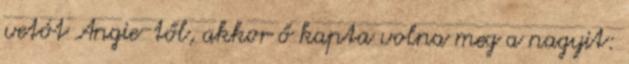
vetót Angie-től, akkor ő kapta volna meg a nagyit: